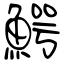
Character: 鰐